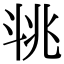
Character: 𣁶